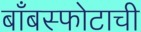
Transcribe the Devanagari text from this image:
बाँबस्फोटाची